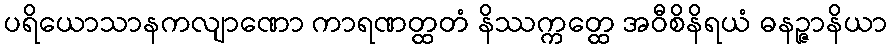
ပရိယောသာနကလျာဏော ကာရဏတ္ထတံ နိဿက္ကတ္ထေ အဝီစိနိရယံ ဓနဉ္ဇာနိယာ